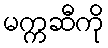
မက္ကဆီကို